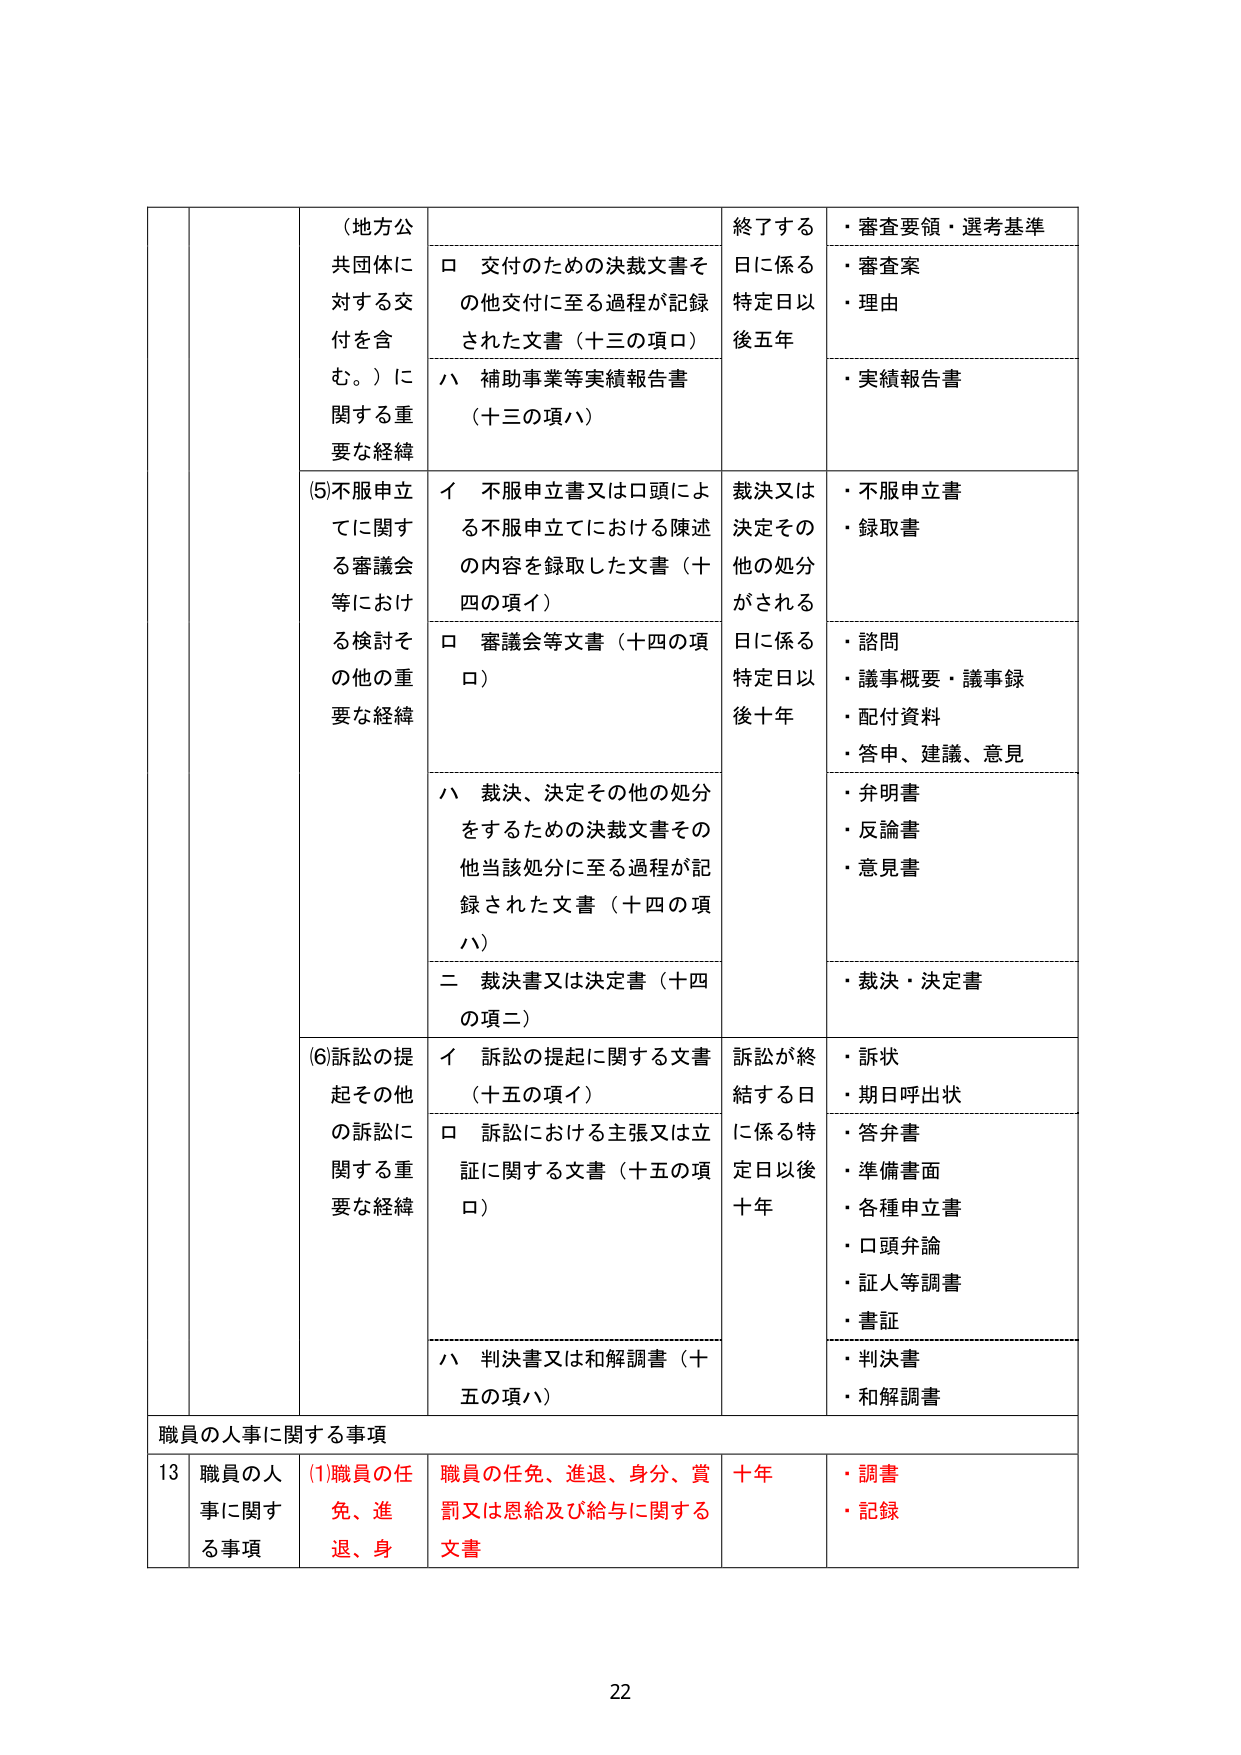
（地方公共団体に対する交付を含む。）に関する重要な経緯
ロ 交付のための決裁文書その他交付に至る過程が記録された文書（十三の項ロ）
ハ 補助事業等実績報告書（十三の項ハ）
終了する日に係る特定日以後五年
・審査要領・選考基準
・審査案
・理由
・実績報告書

(5)不服申立てに関する審議会等における検討その他の重要な経緯
イ 不服申立書又は口頭による不服申立てにおける陳述の内容を録取した文書（十四の項イ）
ロ 審議会等文書（十四の項ロ）
ハ 裁決、決定その他の処分をするための決裁文書その他当該処分に至る過程が記録された文書（十四の項ハ）
二 裁決書又は決定書（十四の項二）
裁決又は決定その他の処分がされる日に係る特定日以後十年
・不服申立書
・録取書
・諮問
・議事概要・議事録
・配付資料
・答申、建議、意見
・弁明書
・反論書
・意見書
・裁決・決定書

(6)訴訟の提起その他 の訴訟に関する重要な経緯
イ 訴訟の提起に関する文書（十五の項イ）
ロ 訴訟における主張又は立証に関する文書（十五の項ロ）
ハ 判決書又は和解調書（十五の項ハ）
訴訟が終結する日に係る特定日以後十年
・訴状
・期日呼出状
・答弁書
・準備書面
・各種申立書
・口頭弁論
・証人等調書
・書証
・判決書
・和解調書

職員の人事に関する事項
13 職員の人事に関する事項
(1)職員の任免、進退、身分、賞罰又は恩給及び給与に関する文書
十年
・調書
・記録

22